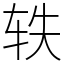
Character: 轶